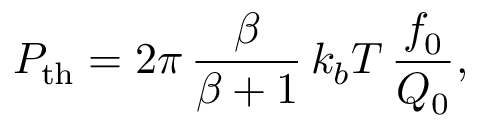
P _ { \mathrm { t h } } = 2 \pi \, \frac { \beta } { \beta + 1 } \, k _ { b } T \, \frac { f _ { 0 } } { Q _ { 0 } } ,